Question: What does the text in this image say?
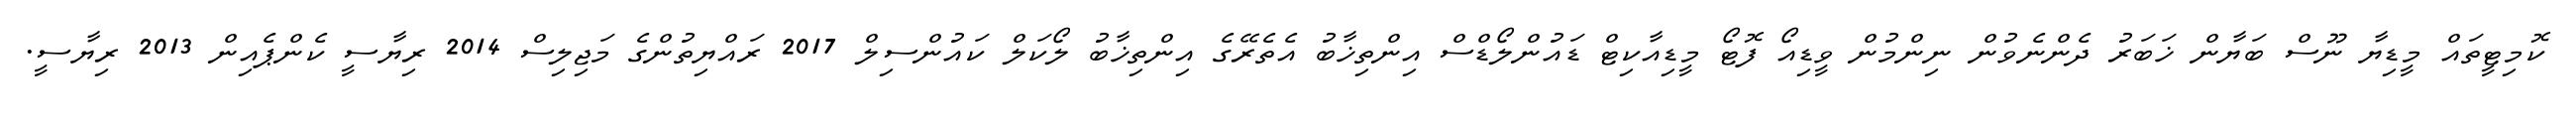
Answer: ކޮމިޓީތައް މީޑިޔާ ނޫސް ބަޔާން ޚަބަރު ދެންނެވުން ނިންމުން ވީޑިއޯ ފޮޓޯ މީޑިއާކިޓް ޑައުންލޯޑްސް އިންތިޚާބު އެތެރޭގެ އިންތިޚާބު ލޯކަލް ކައުންސިލް 2017 ރައްޔިތުންގެ މަޖިލިސް 2014 ރިޔާސީ ކެންޕެއިން 2013 ރިޔާސީ.